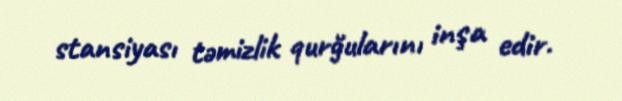
stansiyası təmizlik qurğularını inşa edir.